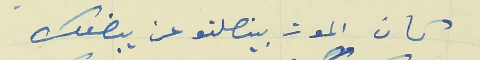
كان الموت بينصلتو عن يبضعك